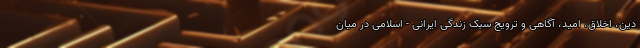
دین، اخلاق، امید، آگاهی و ترویج سبک زندگی ایرانی - اسلامی در میان